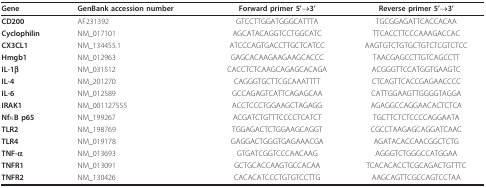
<table><thead><tr><td><b>Gene</b></td><td><b>GenBank accession number</b></td><td><b>Forward primer 5&#x27;→3&#x27;</b></td><td><b>Reverse primer 5&#x27;→3&#x27;</b></td></tr></thead><tbody><tr><td><b>CD200</b></td><td>AF231392</td><td>GTCCTTGGATGGGCATTTA</td><td>TGCGGAGATTCACCACAA</td></tr><tr><td><b>Cyclophilin</b></td><td>NM_017101</td><td>AGCATACAGGTCCTGGCATC</td><td>TTCACCTTCCCAAAGACCAC</td></tr><tr><td><b>CX3CL1</b></td><td>NM_134455.1</td><td>ATCCCAGTGACCTTGCTCATCC</td><td>AAGTGTCTGTGCTGTCTCGTCTCC</td></tr><tr><td><b>Hmgb1</b></td><td>NM_012963</td><td>GAGCACAAGAAGAAGCACCC</td><td>TAACGAGCCTTGTCAGCCTT</td></tr><tr><td><b>IL-1β</b></td><td>NM_031512</td><td>CACCTCTCAAGCAGAGCACAGA</td><td>ACGGGTTCCATGGTGAAGTC</td></tr><tr><td><b>IL-4</b></td><td>NM_201270</td><td>CAGGGTGCTTCGCAAATTTT</td><td>CTCAGTTCACCGAGAACCCC</td></tr><tr><td><b>IL-6</b></td><td>NM_012589</td><td>GCCAGAGTCATTCAGAGCAA</td><td>CATTGGAAGTTGGGGTAGGA</td></tr><tr><td><b>IRAK1</b></td><td>NM_001127555</td><td>ACCTCCCTGGAAGCTAGAGG</td><td>AGAGGCCAGGAACACTCTCA</td></tr><tr><td><b>NfκB p65</b></td><td>NM_199267</td><td>ACGATCTGTTTCCCCTCATCT</td><td>TGCTTCTCTCCCCAGGAATA</td></tr><tr><td><b>TLR2</b></td><td>NM_198769</td><td>TGGAGACTCTGGAAGCAGGT</td><td>CGCCTAAGAGCAGGATCAAC</td></tr><tr><td><b>TLR4</b></td><td>NM_019178</td><td>GAGGACTGGGTGAGAAACGA</td><td>AGATACACCAACGGCTCTG</td></tr><tr><td><b>TNF-α</b></td><td>NM_013693</td><td>GTGATCGGTCCCAACAAG</td><td>AGGGTCTGGGCCATGGAA</td></tr><tr><td><b>TNFR1</b></td><td>NM_013091</td><td>GCTGCACCAAGTGCCACAA</td><td>TCACACACCTCGCAGACTGTTTC</td></tr><tr><td><b>TNFR2</b></td><td>NM_130426</td><td>CACACATCCCTGTGTCCTTG</td><td>AAGCAGTTCGCCAGTCCTAA</td></tr></tbody></table>